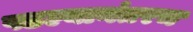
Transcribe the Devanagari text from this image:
पडल्यानंतरच